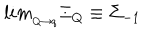
LaTeX: l i m _ { _ { Q \rightarrow q } } \Xi _ { Q } \equiv \Sigma _ { - 1 }